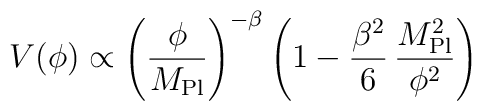
V(\phi) \propto \left( \frac{\phi}{M_{\rm Pl}}\right)^{-\beta} \left( 1 - \frac{\beta^2}{6} \, \frac{M_{\rm Pl}^2}{\phi^2}\right)